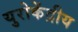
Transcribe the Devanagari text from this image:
युरोकेंद्रीय